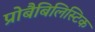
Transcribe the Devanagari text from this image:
प्रोबैबिलिस्टिक